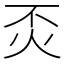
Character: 㶪